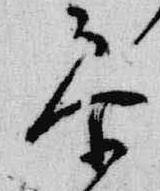
参